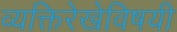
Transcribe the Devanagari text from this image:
व्यक्तिरेखेविषयी